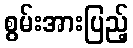
စွမ်းအားပြည့်